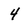
Character: 4